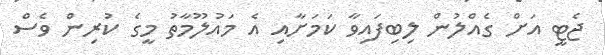
ޖެޓީ އަށް ގެއްލުން ލިބިފައިވާ ކަމަށާއި އެ މައުލޫމާތު މީގެ ކުރިން ވެސް